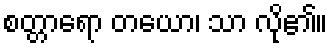
စတ္တာရော တယော၊ သာ လို၏။